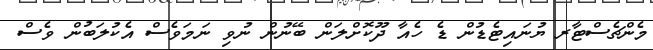
މެންޗެސްޓާރ ޔުނައިޓެޑުން ޑެ ހެއާ ދޫކޮށްލަން ބޭނުން ނުވި ނަމަވެސް އެކުލަބުން ވެސް